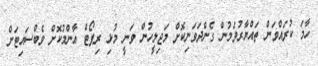
ހާމަ ކުރައްވަން ތައްޔާރުވަމުން ގެންދަވަނިކޮށް މަޖިލީހުން ވަނީ މުޅި ރިޕޯޓް އާންމުކޮށް ވެބްސައިޓަށް